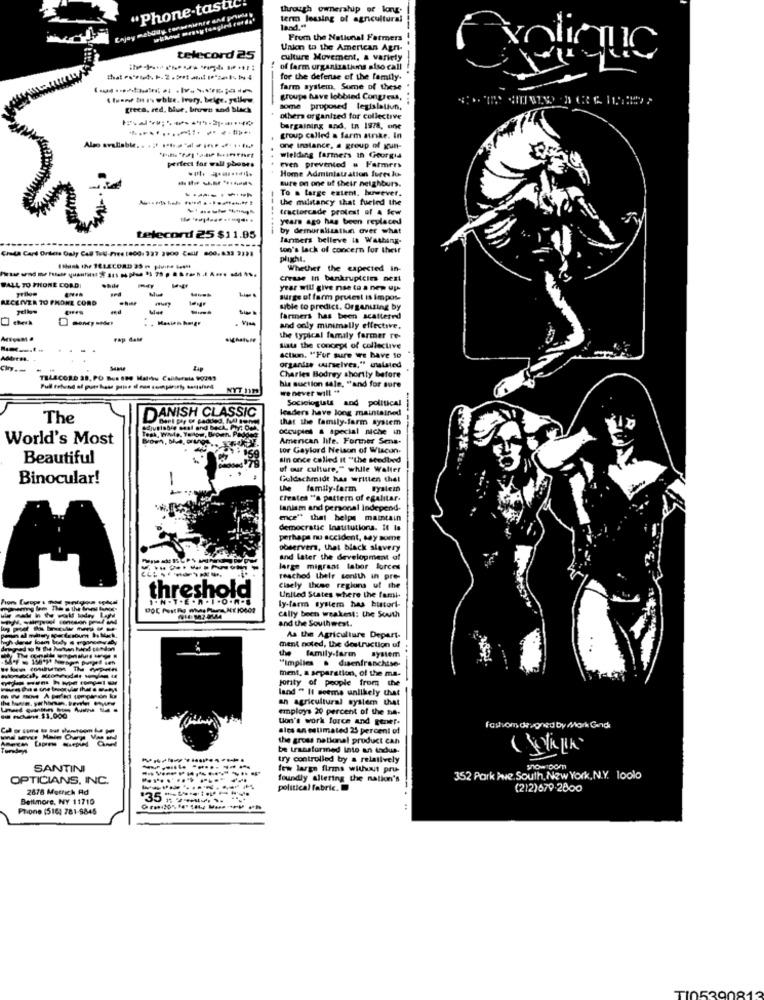
Enjoy mebüdy tenseniente and poveda y
"Phone-tastic.
through owneralup or kanu.
term leasing of agricultural
land.“
From the National Farmers
Union to the American Aynı-
telecord 25
culture Movement, a variety
of farm organizations also call
for the defense of the family.
farm system, Sume of these
. tuon the wblie. Ivory. belge. yellow
groups have lobbied Congress,
greca, red, blue, bruwe and black
some proposed legislatiun,
others organized for collective
bargaining and. in 1978, one
group called a farm atrike. In
Also available .. .;* ** te.a"al - in .. . ..
one instance, a group of gun-
perfect for wall pbosrs
wielding farmers in Georgia
..
even prevented . Farmers
Home Administration fures lu-
sure on one uf their neighbors.
To . large extent. however.
the militancy that fueled the
tractorcade protest of A few
years ago has been replaced
--------
by demoralisatkun over what
telecord 25 $11.95
farmers belleve is Washing-
Chata Card Orilce Ouly Call Toll-Free 1800, 327 3900 Call/ 600,831 9791
ton's lack of concern for their
plight.
Whether the expected in-
crease In bankruptcim next
WALL TO PHONE COND:
yrilow
while
year will give nse to a new up
RECEIVER 70 PHONE CORD
surge of farm pretest is impos-
sible to predict. Organizing by
farmers has been scattered
and only minimally effective,
rap dale
the typical family farmer re-
Siste the concept of collective
action. "For sure we have 10
-
organdas ourselves," inalsted
Charles Bodrey shortly before
his suction sale, "and for sure
we never will **
Sociologists and political
leaders have long maintained
The
DANISH CLASSIC
that the family-farm system
occupies & special niche in
World's Most
Amencan life. Former Sens-
tor Gaylord Nelson of Wiscon-
Beautiful
sin once called It "the Medbed
of our culture," while Walter
Binocular!
Guldschmidt has written thel
the family-farm rystein
Creates "a pattern of egalitar.
lanism and personal Independ-
ence"" that helps maintain
democratic Institutions. It la
perhaps nu accident, say some
observers, that black slavery
and later the development of
large migrant labor forces
reached their sonith in pre-
Cisely thise regions uf the
threshold
United States where the farsi.
ly-farm system has histori-
cally bech weakest; the South
and the Southwest.
As the Agriculture Depart-
ment noted, the destruction uf
...
"implies . disenfranchise-
the family-farm system
ment, a separation, of the ma-
jonty of people from the
land " It seems unlikely that
--
an agricultural system that
employs 20 percent of the ne-
- -. $1,000
Uon's work force and gener.
ales an estimated 25 percent of
Fashions deigned by Mak Gand
the gross natkanal product can
be transformed Into an indus.
try controlled by a relatively
SANTINI
few large firms withinit pru-
OPTICIANS, INC.
foundly altering the nation's
352 Pork Pie. South, New York, N.Y. loolo
2678 Metrich Ad
political fabric.
(212)679.2800
Beitmore, NY 11710
'35
Phone (516; 781-9845
TI0539081